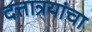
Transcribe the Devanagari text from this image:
दत्तात्रयांचा